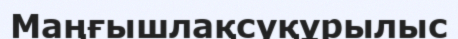
Маңғышлақсуқұрылыс